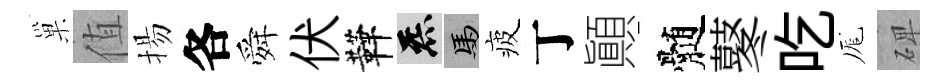
巢值揚各舜伏鞾炁馬疲丁顚髄鼕吃厖𥓓